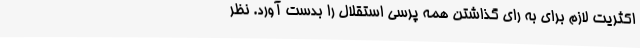
اکثریت لازم برای به رای گذاشتن همه پرسی استقلال را بدست آورد. نظر